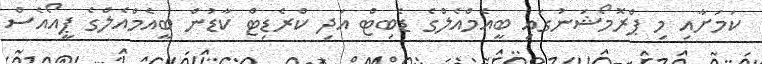
ކަމަށާއި މި ޕްރޮމޯޝަނުގައި ބީއެމްއެލްގެ ޑެބިޓް އަދި ކްރެޑިޓް ކާޑުން ބީއެމްއެލްގެ ޕީއޯއެސް